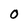
Character: O